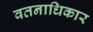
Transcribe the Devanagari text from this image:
वतनाधिकार